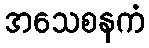
အသေစနကံ